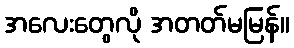
အလေးတွေလို အတတ်မမြန်။